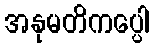
အနုမတိကပ္ပေါ